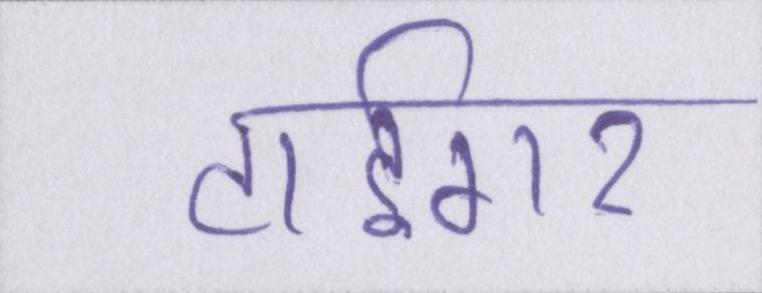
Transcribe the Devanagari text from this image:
टाईगर